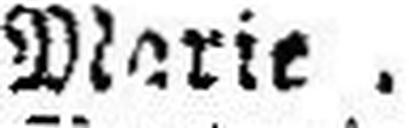
Marie